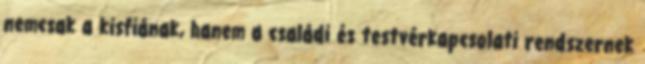
nemcsak a kisfiának, hanem a családi és testvérkapcsolati rendszernek